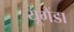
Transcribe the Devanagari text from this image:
यूगैंडा